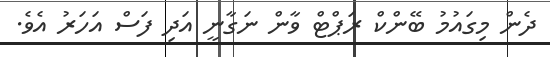
ދެން މިގައުމު ބޭންކް ރަޕްޓް ވާން ނަގާނީ އަދި ފަސް އަހަރު އެވެ.